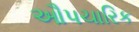
ઔપચારિક